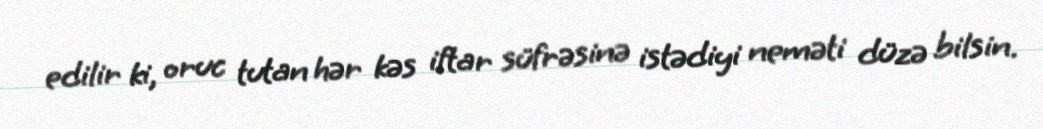
edilir ki, oruc tutan hər kəs iftar süfrəsinə istədiyi neməti düzə bilsin.